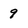
Character: 9